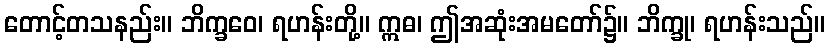
တောင့်တသနည်း။ ဘိက္ခဝေ၊ ရဟန်းတို့။ ဣဓ၊ ဤအဆုံးအမတော်၌။ ဘိက္ခု၊ ရဟန်းသည်။